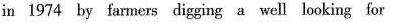
in 1974 by farmers digging a well looking for